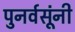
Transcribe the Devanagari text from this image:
पुनर्वसूंनी